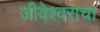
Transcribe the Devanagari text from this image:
जीवेश्वराचा